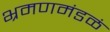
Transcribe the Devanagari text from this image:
भ्रमणमंडळं